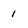
Character: 1